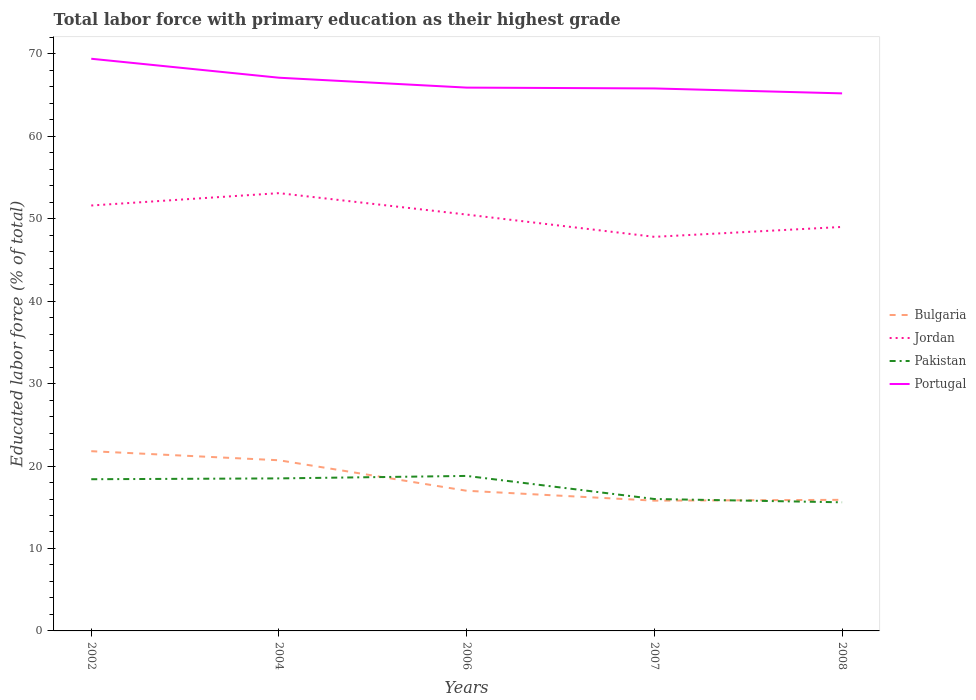
| Years | Bulgaria | Jordan | Pakistan | Portugal |
 | --- | --- | --- | --- | --- |
 | 2002 | 21.8 | 51.6 | 18.4 | 69.4 |
 | 2004 | 20.7 | 53.1 | 18.5 | 67.1 |
 | 2006 | 17 | 50.5 | 18.8 | 65.9 |
 | 2007 | 15.8 | 47.8 | 16 | 65.8 |
 | 2008 | 15.9 | 49 | 15.6 | 65.2 |